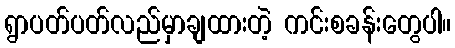
ရွာပတ်ပတ်လည်မှာချထားတဲ့ ကင်းစခန်းတွေပါ။